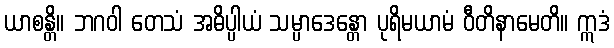
ယာစန္တိ။ ဘဂဝါ တေသံ အဓိပ္ပါယံ သမ္ပာဒေန္တော ပုရိမယာမံ ဝီတိနာမေတိ။ ဣဒံ